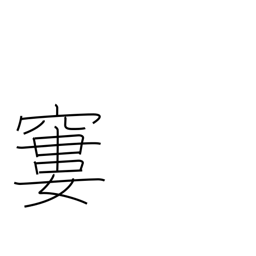
Meaning: emaciated